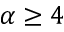
\alpha \ge 4